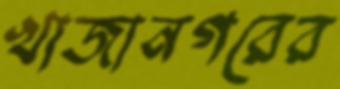
খাজানগরের